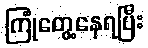
ကြုံတွေ့နေရပြီး